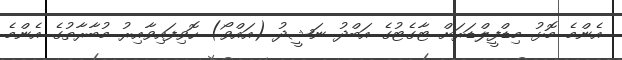
އެންމެ މޮޅު މިޑްފީލްޑަރަށް ޓާގެޓުގެ އަބްދު ނަޝީދު (އައްވޯ) ހޮވިފައިވާއިރު މުބާރާތުގެ އެންމެ